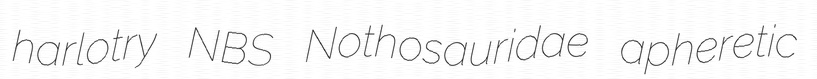
harlotry NBS Nothosauridae apheretic